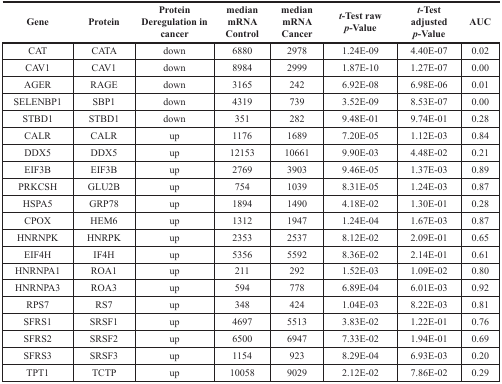
<table><thead><tr><td><b>Gene</b></td><td><b>Protein</b></td><td><b>Protein Deregulation in cancer</b></td><td><b>median mRNA Control</b></td><td><b>median mRNA Cancer</b></td><td><b><i>t</i>-Test raw <i>p</i>-Value</b></td><td><b><i>t</i>-Test adjusted <i>p</i>-Value</b></td><td><b>AUC</b></td></tr></thead><tbody><tr><td>CAT</td><td>CATA</td><td>down</td><td>6880</td><td>2978</td><td>1.24E-09</td><td>4.40E-07</td><td>0.02</td></tr><tr><td>CAV1</td><td>CAV1</td><td>down</td><td>8984</td><td>2999</td><td>1.87E-10</td><td>1.27E-07</td><td>0.00</td></tr><tr><td>AGER</td><td>RAGE</td><td>down</td><td>3165</td><td>242</td><td>6.92E-08</td><td>6.98E-06</td><td>0.01</td></tr><tr><td>SELENBP1</td><td>SBP1</td><td>down</td><td>4319</td><td>739</td><td>3.52E-09</td><td>8.53E-07</td><td>0.00</td></tr><tr><td>STBD1</td><td>STBD1</td><td>down</td><td>351</td><td>282</td><td>9.48E-01</td><td>9.74E-01</td><td>0.28</td></tr><tr><td>CALR</td><td>CALR</td><td>up</td><td>1176</td><td>1689</td><td>7.20E-05</td><td>1.12E-03</td><td>0.84</td></tr><tr><td>DDX5</td><td>DDX5</td><td>up</td><td>12153</td><td>10661</td><td>9.90E-03</td><td>4.48E-02</td><td>0.21</td></tr><tr><td>EIF3B</td><td>EIF3B</td><td>up</td><td>2769</td><td>3903</td><td>9.46E-05</td><td>1.37E-03</td><td>0.89</td></tr><tr><td>PRKCSH</td><td>GLU2B</td><td>up</td><td>754</td><td>1039</td><td>8.31E-05</td><td>1.24E-03</td><td>0.87</td></tr><tr><td>HSPA5</td><td>GRP78</td><td>up</td><td>1894</td><td>1490</td><td>4.18E-02</td><td>1.30E-01</td><td>0.28</td></tr><tr><td>CPOX</td><td>HEM6</td><td>up</td><td>1312</td><td>1947</td><td>1.24E-04</td><td>1.67E-03</td><td>0.87</td></tr><tr><td>HNRNPK</td><td>HNRPK</td><td>up</td><td>2353</td><td>2537</td><td>8.12E-02</td><td>2.09E-01</td><td>0.65</td></tr><tr><td>EIF4H</td><td>IF4H</td><td>up</td><td>5356</td><td>5592</td><td>8.36E-02</td><td>2.14E-01</td><td>0.61</td></tr><tr><td>HNRNPA1</td><td>ROA1</td><td>up</td><td>211</td><td>292</td><td>1.52E-03</td><td>1.09E-02</td><td>0.80</td></tr><tr><td>HNRNPA3</td><td>ROA3</td><td>up</td><td>594</td><td>778</td><td>6.89E-04</td><td>6.01E-03</td><td>0.92</td></tr><tr><td>RPS7</td><td>RS7</td><td>up</td><td>348</td><td>424</td><td>1.04E-03</td><td>8.22E-03</td><td>0.81</td></tr><tr><td>SFRS1</td><td>SRSF1</td><td>up</td><td>4697</td><td>5513</td><td>3.83E-02</td><td>1.22E-01</td><td>0.76</td></tr><tr><td>SFRS2</td><td>SRSF2</td><td>up</td><td>6500</td><td>6947</td><td>7.33E-02</td><td>1.94E-01</td><td>0.69</td></tr><tr><td>SFRS3</td><td>SRSF3</td><td>up</td><td>1154</td><td>923</td><td>8.29E-04</td><td>6.93E-03</td><td>0.20</td></tr><tr><td>TPT1</td><td>TCTP</td><td>up</td><td>10058</td><td>9029</td><td>2.12E-02</td><td>7.86E-02</td><td>0.29</td></tr></tbody></table>